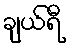
ချယ်ရီ